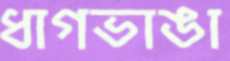
ধাগভাঙা